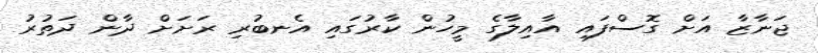
ޖަނާޒާ އަށް ގޮސްފައި އާއިލާގެ މީހުން ކާރުގައި އެނބުރި ރަށަށް ދާން ދަތުރު